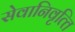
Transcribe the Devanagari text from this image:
सेवानिवृत्‍ति